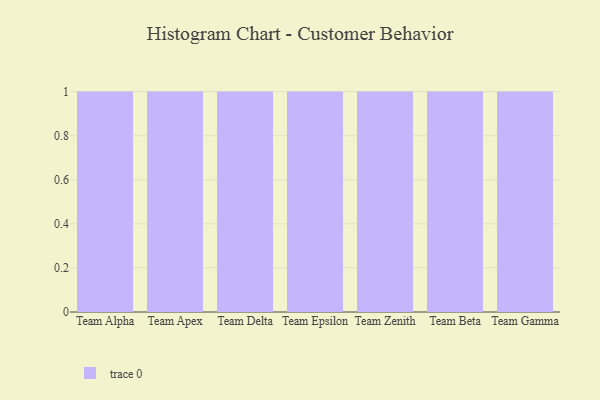
{"axis": {"x": "Team", "y": "Budget (USD K)"}, "legend": [""], "data": [{"x": "Team Alpha", "y": 75, "type": ""}, {"x": "Team Apex", "y": 47, "type": ""}, {"x": "Team Delta", "y": 72, "type": ""}, {"x": "Team Epsilon", "y": 14, "type": ""}, {"x": "Team Zenith", "y": 29, "type": ""}, {"x": "Team Beta", "y": 65, "type": ""}, {"x": "Team Gamma", "y": 96, "type": ""}]}